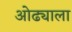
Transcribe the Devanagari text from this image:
ओढ्याला